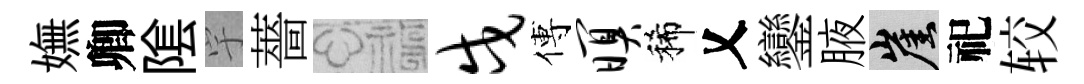
嫵卿隂宇薔福戍傅暝稀乂鑾腋崖祀较